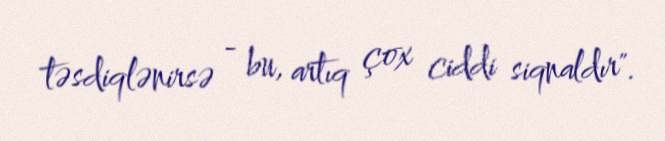
təsdiqlənirsə - bu, artıq çox ciddi siqnaldır".